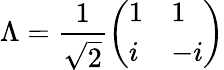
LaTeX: \Lambda=\frac{1}{\sqrt{2}}\left(\begin{array}{ll}{1}&{1}\\ {i}&{-i}\end{array}\right)